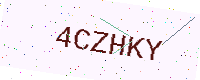
Text: 4CZHKY